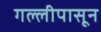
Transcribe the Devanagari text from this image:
गल्लीपासून